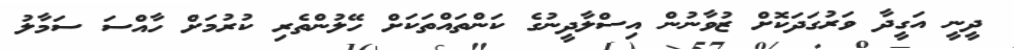
ދީނީ އަގީދާ ވަރުގަދަކޮށް ޒުވާނުން އިސްލާދީނުގެ ކަންތައްތަކަށް ހޭލުންތެރި ކުރުމަށް ހާއްސަ ސަމާލު